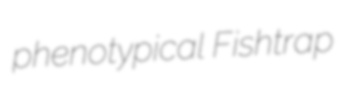
phenotypical Fishtrap